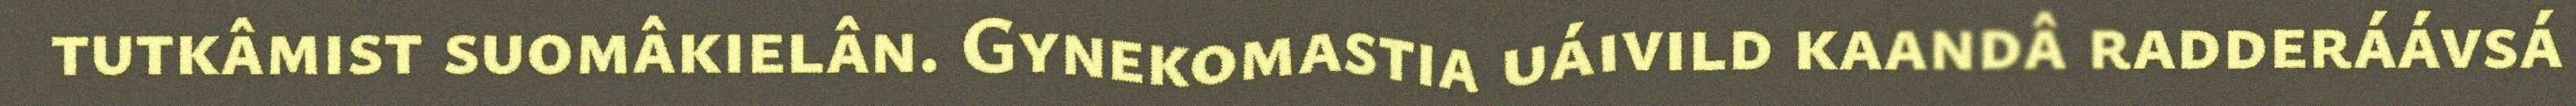
tutkâmist suomâkielân. Gynekomastia uáivild kaandâ radderáávsá